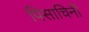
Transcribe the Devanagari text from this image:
पिसाचिनी